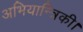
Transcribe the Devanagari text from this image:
अभियान्त्रिकी।